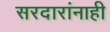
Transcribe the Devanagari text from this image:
सरदारांनाही